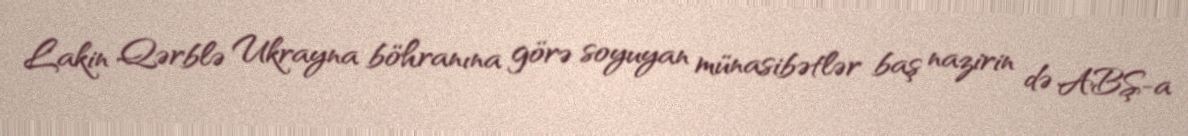
Lakin Qərblə Ukrayna böhranına görə soyuyan münasibətlər baş nazirin də ABŞ-a